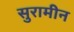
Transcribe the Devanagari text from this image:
सुरामीन